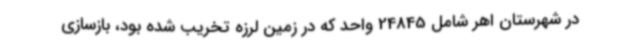
در شهرستان اهر شامل 24845 واحد که در زمین لرزه تخریب شده بود، بازسازی‌